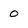
Character: 0